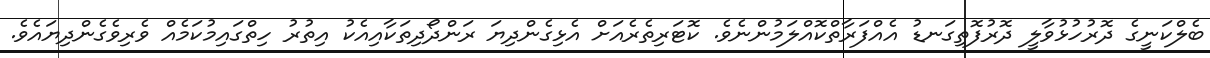
ބެލްކަނީގެ ދޮރުހުޅުވާލީ ދޮރުފޮތިގަނޑު އެއްފަރާތްކޮއްލަމުންނެވެ. ކޮޓަރިތެރެއަށް އެޅިގެންދިޔަ ރަންދޯދިތަކާއިއެކު އިތުރު ހިތްގައިމުކަމެއް ވެރިވެގެންދިޔައެވެ.